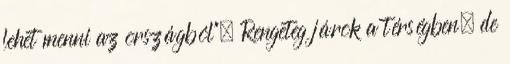
lehet menni az országból”. Rengeteg járok a térségben, de